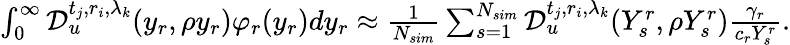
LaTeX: \begin{array}{r}{\int_{0}^{\infty}\mathcal{D}_{u}^{t_{j},r_{i},\lambda_{k}}(y_{r},\rho y_{r})\varphi_{r}(y_{r})dy_{r}\approx\frac{1}{N_{sim}}\sum_{s=1}^{N_{sim}}\mathcal{D}_{u}^{t_{j},r_{i},\lambda_{k}}(Y_{s}^{r},\rho Y_{s}^{r})\frac{\gamma_{r}}{c_{r}Y_{s}^{r}}.}\end{array}